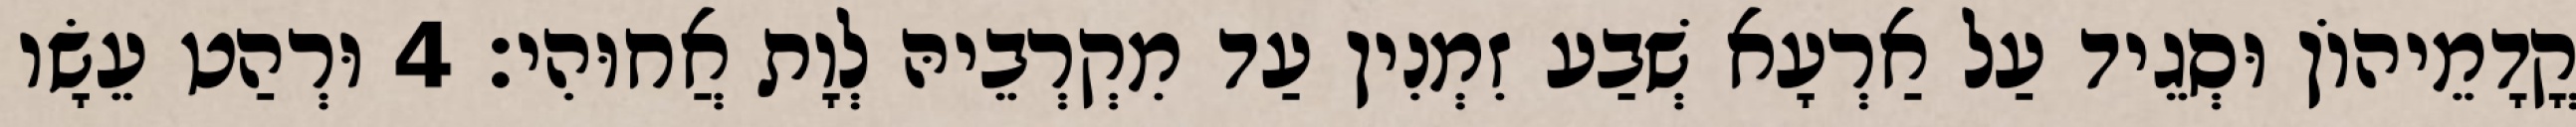
קֳדָמֵיהוֹן וּסְגֵיד עַל אַרְעָא שְׁבַע זִמְנִין עַד מִקְרְבֵיהּ לְוָת אֲחוּהִי׃ 4 וּרְהַט עֵשָׂו